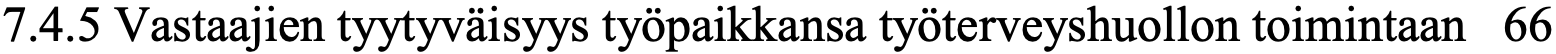
7.4.5 Vastaajien tyytyväisyys työpaikkansa työterveyshuollon toimintaan 66